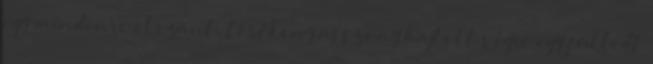
egy mindenre elszánt, törékeny asszony hajtott végre egy fülledt